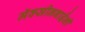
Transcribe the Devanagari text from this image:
मॅक्सीनबाईंनी